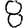
Digit: 8